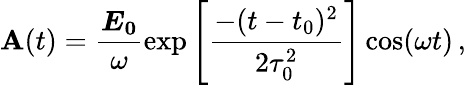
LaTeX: \textbf{A}(t)=\frac{\boldsymbol{E_{0}}}{\omega}\exp\left[\frac{-(t-t_{0})^{2}}{2\tau_{0}^{2}}\right]\cos(\omega t)\, ,